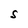
Character: S